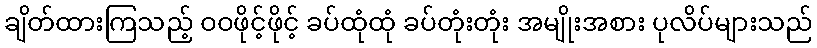
ချိတ်ထားကြသည့် ဝဝဖိုင့်ဖိုင့် ခပ်ထုံထုံ ခပ်တုံးတုံး အမျိုးအစား ပုလိပ်များသည်